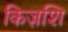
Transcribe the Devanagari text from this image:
किज़शि